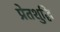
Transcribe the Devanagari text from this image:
प्रेतशुद्धि